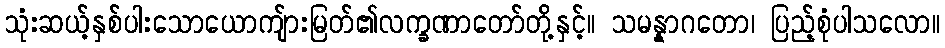
သုံးဆယ့်နှစ်ပါးသောယောကျ်ားမြတ်၏လက္ခဏာတော်တို့နှင့်။ သမန္နာဂတော၊ ပြည့်စုံပါသလော။